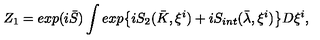
Z _ { 1 } = e x p ( i \bar { S } ) \int e x p { \left\{ i S _ { 2 } ( \bar { K } , \xi ^ { i } ) + i S _ { i n t } ( \bar { \lambda } , \xi ^ { i } ) \right\} } D \xi ^ { i } ,